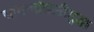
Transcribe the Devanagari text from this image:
सामन्यांसाठीसुद्धा